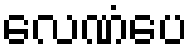
လေဏံပေ